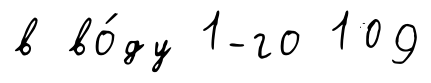
в во́ду 1-го 109